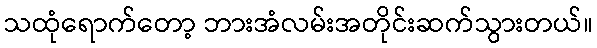
သထုံရောက်တော့ ဘားအံလမ်းအတိုင်းဆက်သွားတယ်။